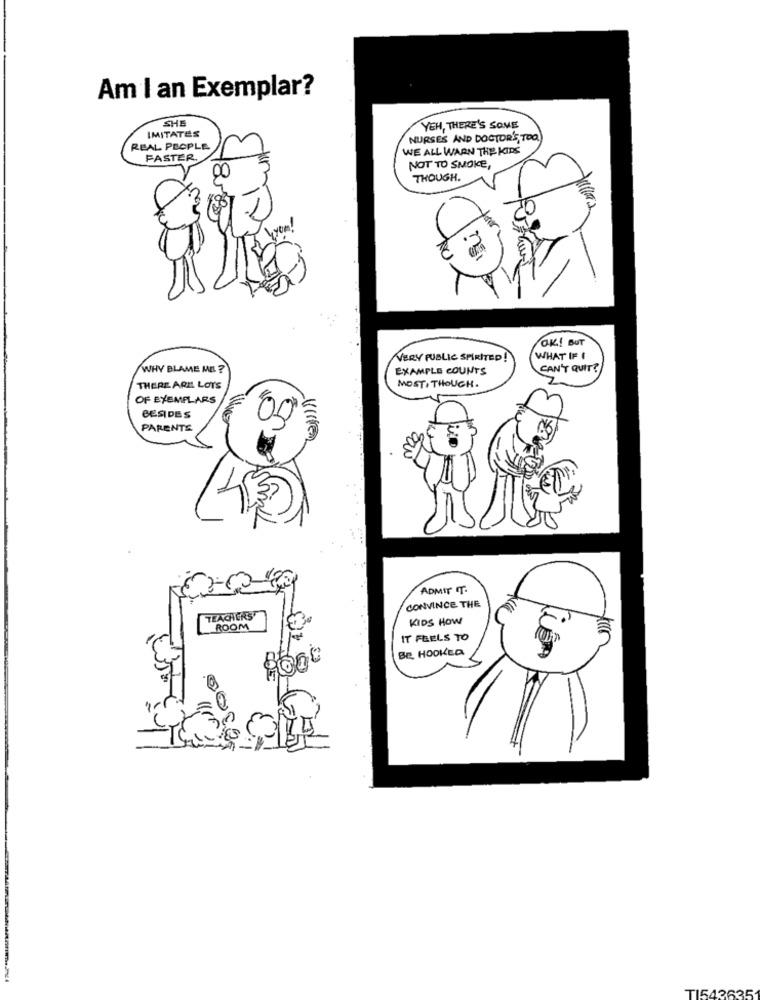
Am I an Exemplar?
SHE
IMITATES
YEH, THERE'S SOME
NURSES AND DOCTOR'S TOO.
REAL PEOPLE
WE ALL WARN THE KIDS
FASTER.
NOT TO SMOKE,
THOUGH.
OK! BUT
VERY PUBLIC SPIRITED!
WHAT IF I
WHY BLAME MEL ?
EXAMPLE COUNTS
CAN'T QUIT?
MOST, THOUGH .
THERE ARE LOTS
OF EXEMPLARS
BESIDES
01
PARENTS
ADMIT IT.
CONVINCE THE
TEACHERS™
KIDS HOW
ROOM
IT FEELS TO
BE HOOKED
TI543635